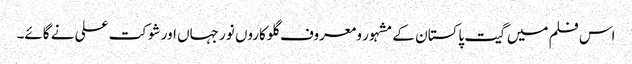
اس فلم میں گیت پاکستان کے مشہور و معروف گلوکاروں نور جہاں اور شوکت علی نے گائے۔